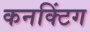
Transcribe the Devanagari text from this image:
कनक्टिंग